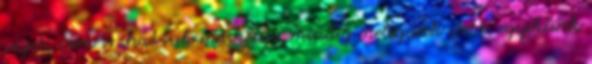
vizet, nem is ihattuk másképp, mindig melegünk volt, egyikünk